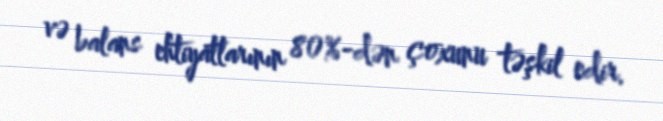
və balans ehtiyatlarının 80%-dən çoxunu təşkil edir.